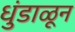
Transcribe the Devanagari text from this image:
धुंडाळून